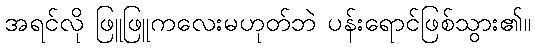
အရင်လို ဖြူဖြူကလေးမဟုတ်ဘဲ ပန်းရောင်ဖြစ်သွား၏။